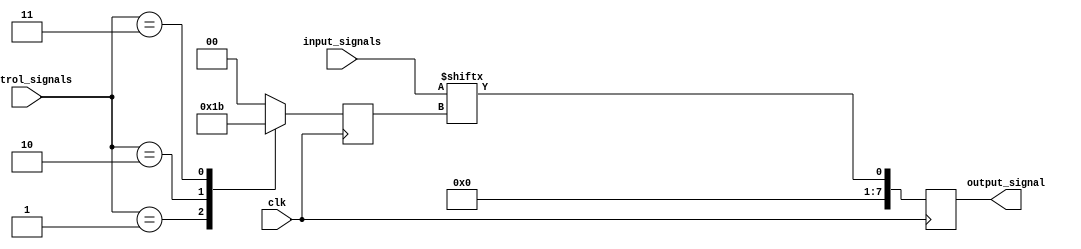
module bypass_register (
    input wire [7:0] input_signals,
    input wire [2:0] control_signals,
    input wire clk,
    output reg [7:0] output_signal
);

reg [1:0] active_input;

always @(posedge clk) begin
    case (control_signals)
        3'b000: active_input <= 2'b00;
        3'b001: active_input <= 2'b01;
        3'b010: active_input <= 2'b10;
        3'b011: active_input <= 2'b11;
        // add more cases for additional input signals
        default: active_input <= 2'b00;
    endcase
    output_signal <= input_signals[active_input];
end

endmodule